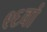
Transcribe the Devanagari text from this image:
९६वां